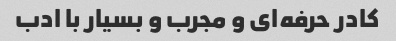
کادر حرفه‌ای و مجرب و بسیار با ادب